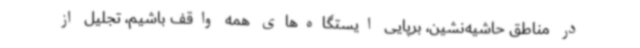
در مناطق حاشیه‌نشین، برپایی ایستگاه‌های همه واقف باشیم، تجلیل از